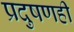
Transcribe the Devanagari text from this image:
प्रदुषणही